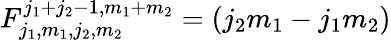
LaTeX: F_{j_{1},m_{1},j_{2},m_{2}}^{j_{1}+j_{2}-1,m_{1}+m_{2}}=(j_{2}m_{1}-j_{1}m_{2})